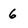
Character: 6